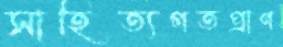
সাহিত্যগতপ্রাণ